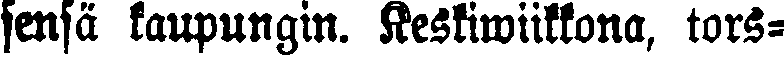
sensä kaupungin. Keskiwiikkona, tors-